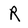
Character: R